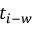
t _ { i - w }